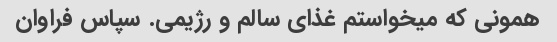
همونی که میخواستم غذای سالم و رژیمی. سپاس فراوان